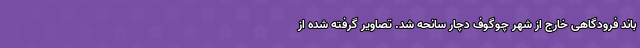
باند فرودگاهی خارج از شهر چوگوف دچار سانحه شد. تصاویر گرفته شده از